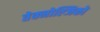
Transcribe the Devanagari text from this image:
तेक्नोल्जिको